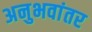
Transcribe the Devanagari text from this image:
अनुभवांतर